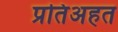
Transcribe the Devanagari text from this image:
प्रतिअहत